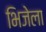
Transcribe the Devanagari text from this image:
भिजेला